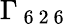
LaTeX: \Gamma_{\mathrm{~6~2~6~}}